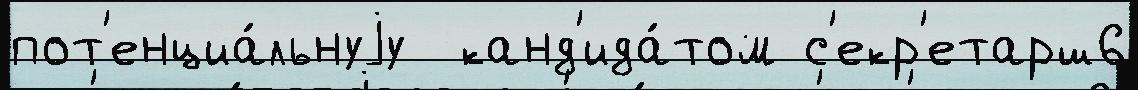
пот'енциа́льнуjу  канд'ида́том с'екр'етарш6